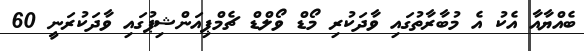
ބެއްޔާއާ އެކު އެ މުބާރާތުގައި ވާދަކުރި މޯޑް ވޯލްޑް ޗެމްޕިއަންޝިޕުގައި ވާދަކުރަނީ 60